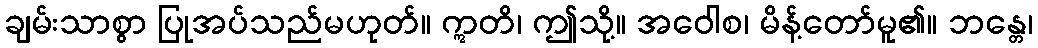
ချမ်းသာစွာ ပြုအပ်သည်မဟုတ်။ ဣတိ၊ ဤသို့။ အဝေါစ၊ မိန့်တော်မူ၏။ ဘန္တေ၊